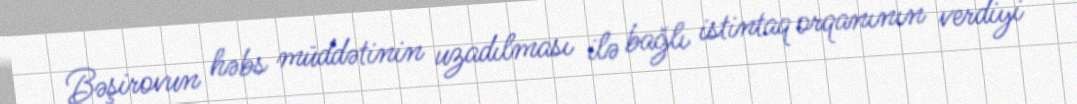
Bəşirovun həbs müddətinin uzadılması ilə bağlı istintaq orqanının verdiyi